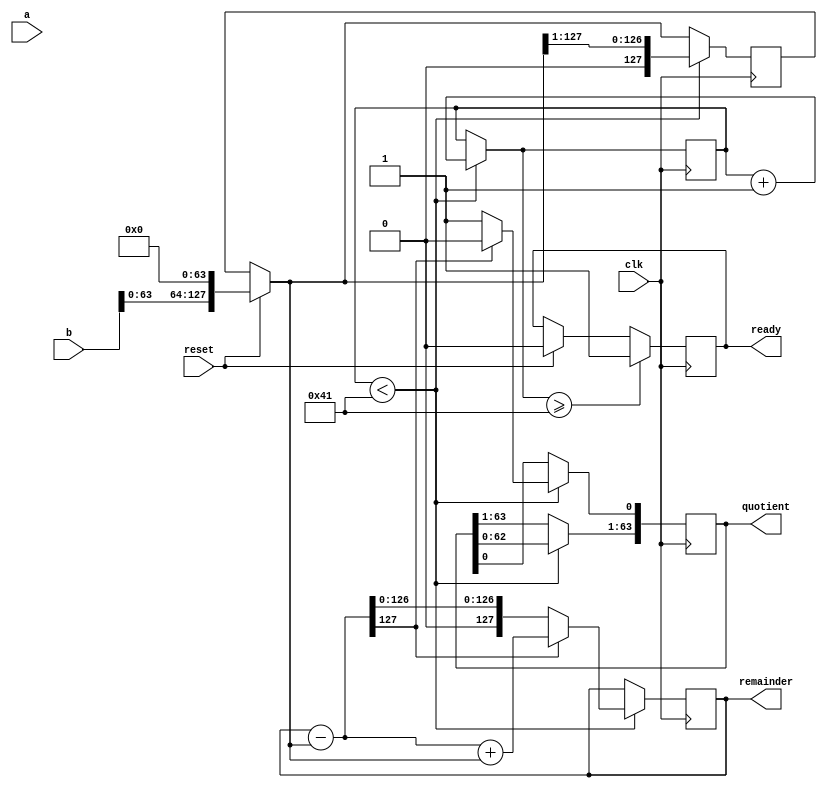
module divider (
output [63:0] quotient,
output [127:0] remainder,
output ready,
input [127:0] a, b,
input reset, clk
);

reg [63:0] quotient;
reg [127:0] remainder, divisor, dividend;
reg [7:0] ctr;
reg ready;

always@(posedge clk)
begin
  if(reset)begin
    quotient <= 0;
    ctr <=0;
    ready<=0;
    remainder [127:0] <= a[127:0];
    divisor = b << 64;
  end

if(ctr < 65)begin
    remainder = remainder - divisor;
    quotient = quotient <<1;
    if(remainder[127]==1)begin
        remainder = remainder + divisor;
        quotient[0] <= 0;
    end else begin
        quotient[0] <=1;
    end
    divisor = divisor >> 1;
    ctr=ctr+1;
end
if(ctr>=65) begin
    ready<=1;
end
end

endmodule